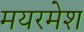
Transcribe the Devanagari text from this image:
मयरमेश